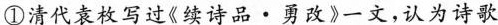
①清代袁枚写过《续诗品·勇或》一文，认为诗歌